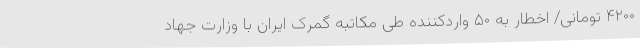
۴۲۰۰ تومانی/ اخطار به ۵۰ واردکننده طی مکاتبه گمرک ایران با وزارت جهاد